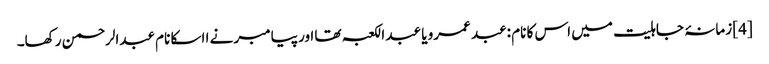
[4] زمانۂ جاہلیت میں اس کا نام :عبد عمرو یا عبد الکعبہ تھا اور پیامبر نے ا اسکا نام عبدالرحمن رکھا۔